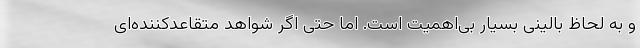
و به لحاظ بالینی بسیار بی‌اهمیت است. اما حتی اگر شواهد متقاعد‌کننده‌ای